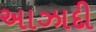
અાઝાદી